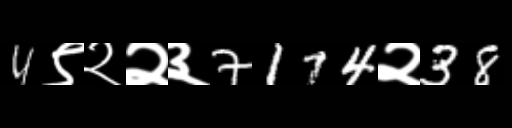
Text: 4९२२३7174२38